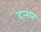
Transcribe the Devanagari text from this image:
दर्‍शन